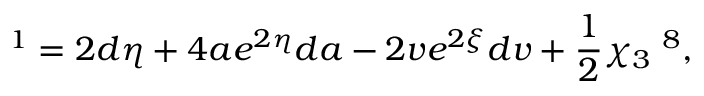
{ \bf \tau } ^ { 1 } = 2 d \eta + 4 a e ^ { 2 \eta } d a - 2 v e ^ { 2 \xi } d v + \frac { 1 } { 2 } \chi _ { 3 } { \bf \tau } ^ { 8 } ,